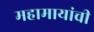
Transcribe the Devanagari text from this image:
महामायांची